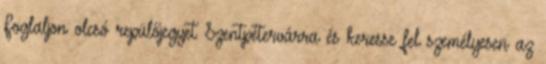
Foglaljon olcsó repülőjegyet Szentpétervárra és keresse fel személyesen az